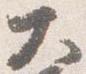
大